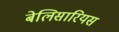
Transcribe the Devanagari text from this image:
बेलिसारियस